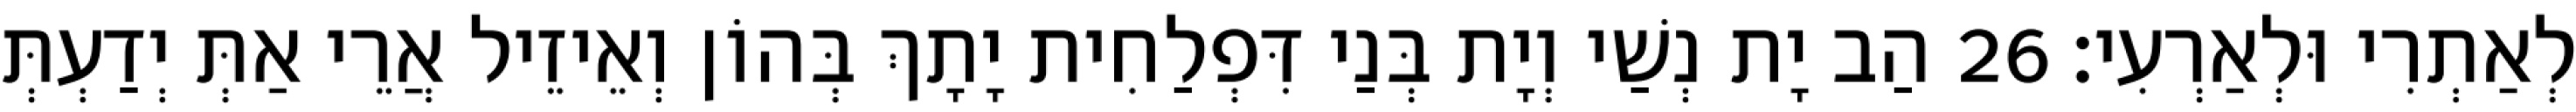
לְאַתְרִי וּלְאַרְעִי׃ 26 הַב יָת נְשַׁי וְיָת בְּנַי דִּפְלַחִית יָתָךְ בְּהוֹן וְאֵיזֵיל אֲרֵי אַתְּ יְדַעְתְּ